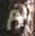
لم